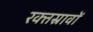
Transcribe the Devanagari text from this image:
रक्‍तस्रावों